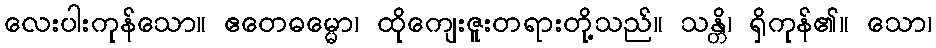
လေးပါးကုန်သော။ ဧတေဓမ္မော၊ ထိုကျေးဇူးတရားတို့သည်။ သန္တိ၊ ရှိကုန်၏။ သော၊